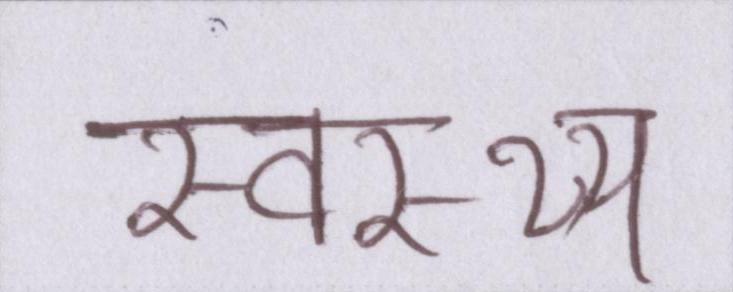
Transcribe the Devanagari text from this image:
स्वस्थ्य